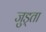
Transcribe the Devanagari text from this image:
जुड्ता